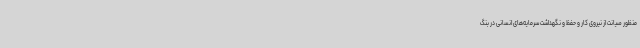
منظور صیانت از نیروی کار و حفظ و نگهداشت سرمایه‌های انسانی در بنگ